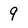
Character: 9